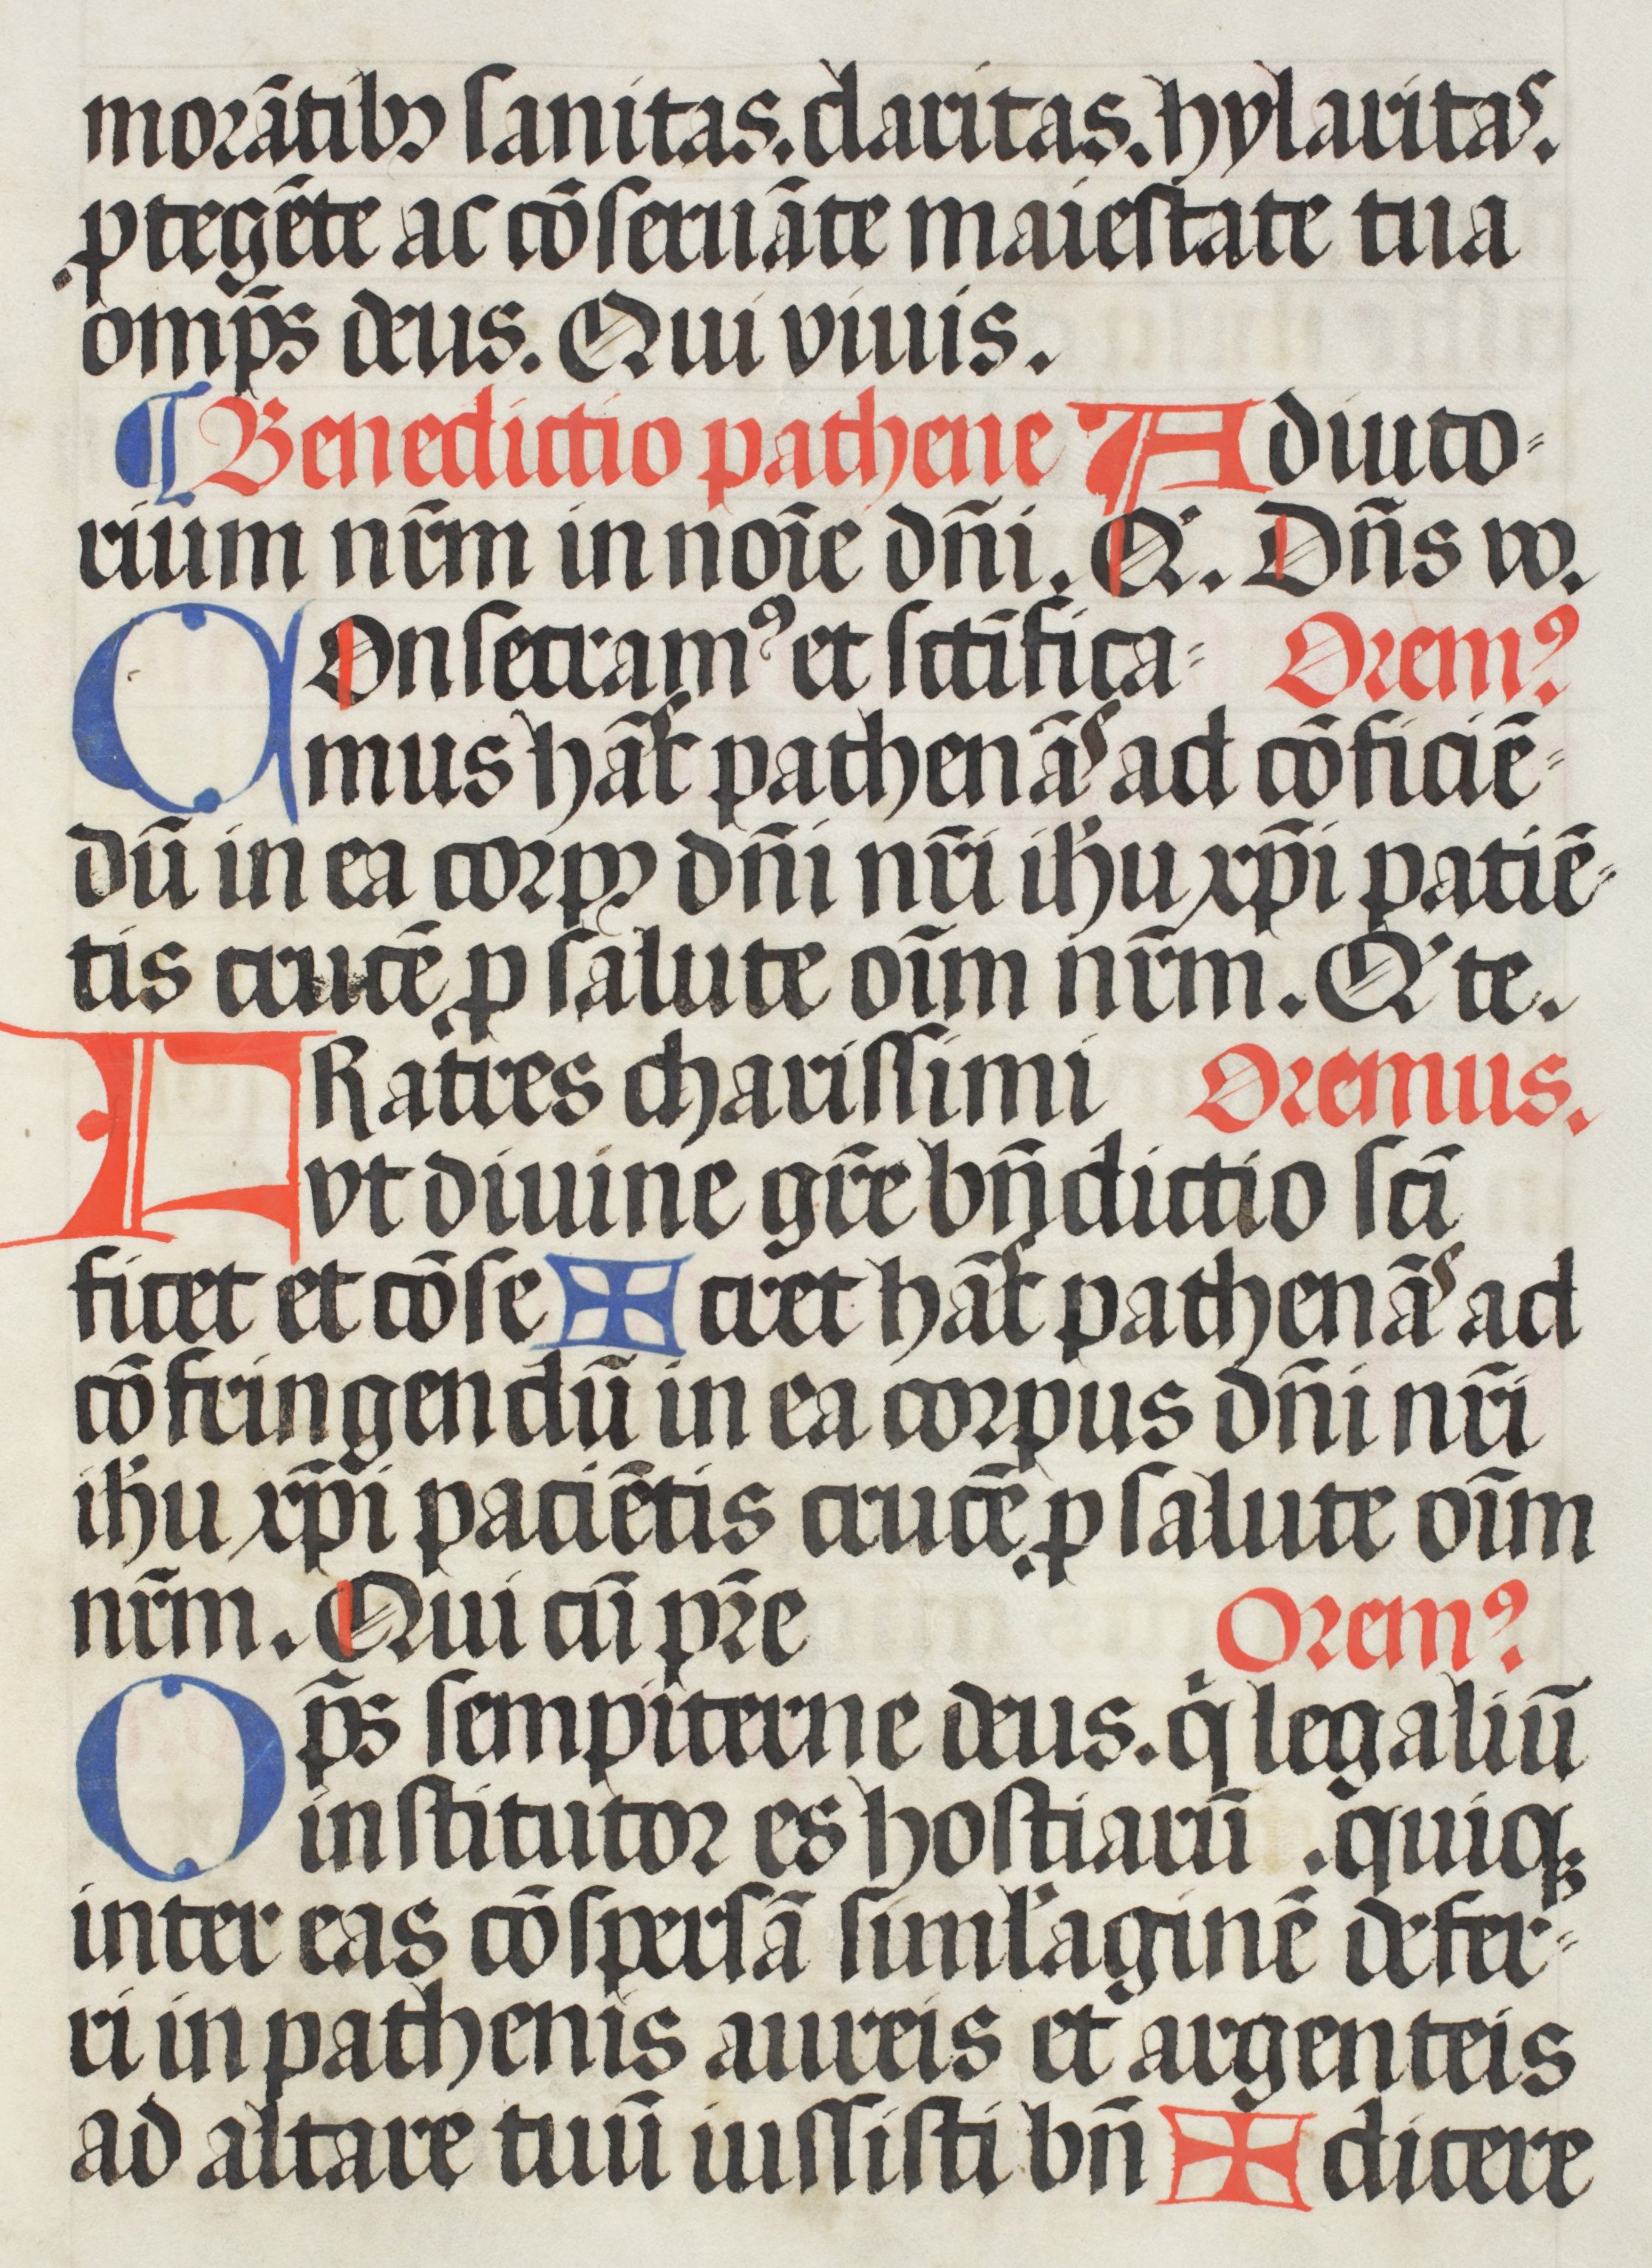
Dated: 1508–1508